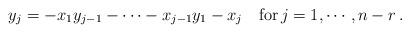
LaTeX: \begin{align*}y_j=-x_1y_{j-1}-\cdots-x_{j-1}y_1-x_j\quad {\rm for}\, j=1,\cdots,n-r\,. \end{align*}